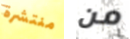
منتشرة من